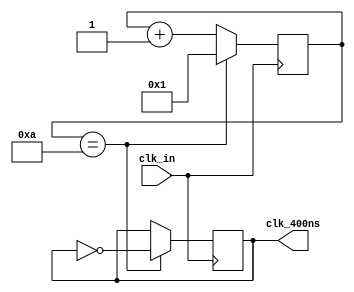
module divide_clock(clk_in,clk_400ns);

	input clk_in;
	
	output reg clk_400ns;
	
	initial begin
		clk_400ns<=0;
	end
	
	reg [5:0]	count1=1;
	
	//divide clock 50MHz to 1Hz
	always@(posedge clk_in) begin
		count1<=count1+1'b1;
		if(count1==10) begin
			clk_400ns<=~clk_400ns;
			count1<=6'd1;
		end
	end

endmodule